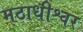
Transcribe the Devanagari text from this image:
मठाधीश्वर